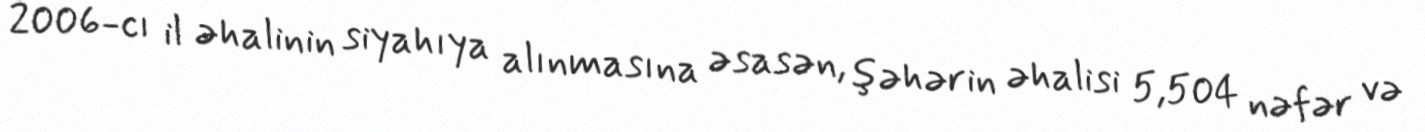
2006-cı il əhalinin siyahıya alınmasına əsasən, şəhərin əhalisi 5,504 nəfər və